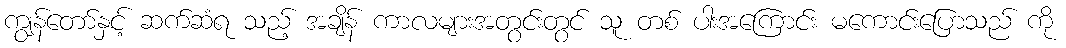
ကျွန်တော်နှင့် ဆက်ဆံရ သည့် အချိန် ကာလများအတွင်းတွင် သူ တစ် ပါးအကြောင်း မကောင်းပြောသည် ကို